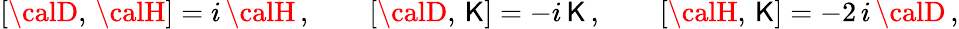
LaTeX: [{\calD},\, {\calH}]=i\, {\calH}\, ,\qquad[{\calD},\, {\cal\mathsf{K}}]=-i\, {\cal\mathsf{K}}\, ,\qquad[{\calH},\, {\cal\mathsf{K}}]=-2\, i\, {\calD}\, ,